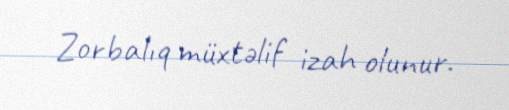
Zorbalıq müxtəlif izah olunur.